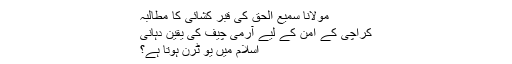
مولانا سمیع الحق کی قبر کشائی کا مطالبہ
کراچی کے امن کے لیے آرمی چیف کی یقین دہانی
اسلام میں یو ٹرن ہوتا ہے؟